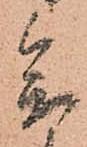
参